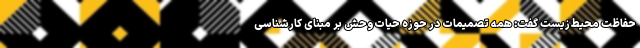
حفاظت محیط‌زیست گفت: همه تصمیمات در حوزه حیات‌وحش بر مبنای کارشناسی